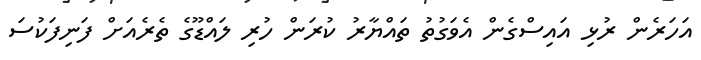
އަހަރެން ރުޅި އައިސްގެން އެވަގުތު ތައްޔާރު ކުރަން ހުރި ލައްޑޫގެ ތެރެއަށް ފަނިފަކުސަ